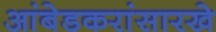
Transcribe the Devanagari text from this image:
आंबेडकरांसारखे